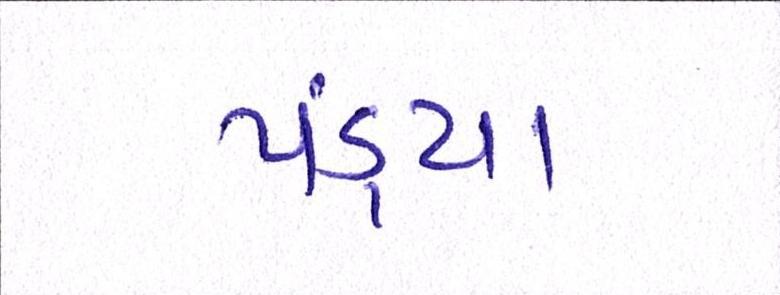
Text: પંડ્યા